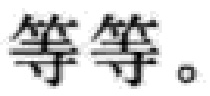
等等。